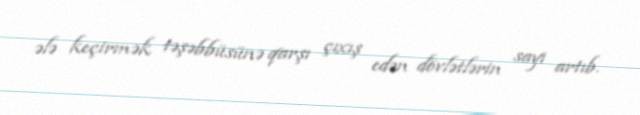
ələ keçirmək təşəbbüsünə qarşı çıxış edən dövlətlərin sayı artıb.